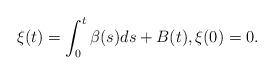
LaTeX: \begin{align*} \xi(t)=\int_0^t \beta(s) ds + B(t), \xi(0)=0.\end{align*}